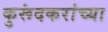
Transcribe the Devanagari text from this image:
कुरूंदकरांच्या